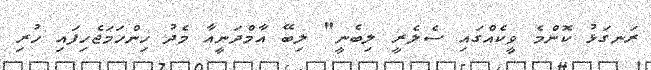
ރަނގަޅު ކޮންމެ ވީކެއްގައި ސެލެރީ ލިބެނީ" ލިބޭ އާމްދަނީއާ މެދު ހިންހަމަޖެހިފައި ހުރި